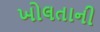
ખોલતાની